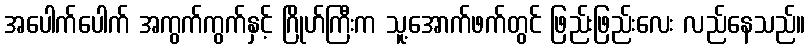
အပေါက်ပေါက် အကွက်ကွက်နှင့် ဂြိုဟ်ကြီးက သူ့အောက်ဖက်တွင် ဖြည်းဖြည်းလေး လည်နေသည်။